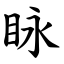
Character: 眿